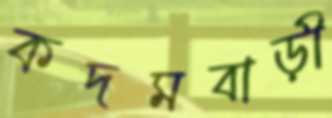
কদমবাড়ী